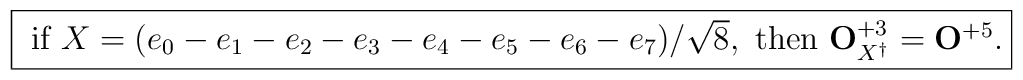
\fbox{$\mbox{ if } X = (e_{0}- e_{1}- e_{2}- e_{3}- e_{4}- e_{5}- e_{6}-e_{7})/\sqrt{8},\mbox{ then } {\bf O}_{X^{\dagger}}^{+3} = {\bf O}^{+5}.$}